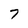
Character: 7